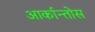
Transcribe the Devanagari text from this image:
आर्कान्तोस